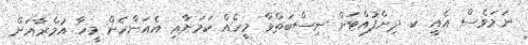
ނަމަވެސް އެއީ ކ. ދިށްފުއްޓަށް ނިސްބަތްވާ މީހެއް ކަމަށާއި އެއަންހެން މީހާ އުމްރާއަށް